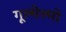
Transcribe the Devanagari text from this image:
गूल्येल्मो